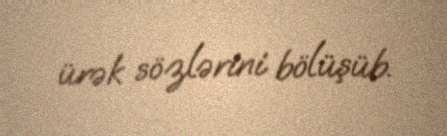
ürək sözlərini bölüşüb.